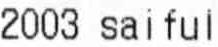
2003 SAIFUL